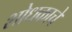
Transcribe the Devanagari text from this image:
शोधकाचे